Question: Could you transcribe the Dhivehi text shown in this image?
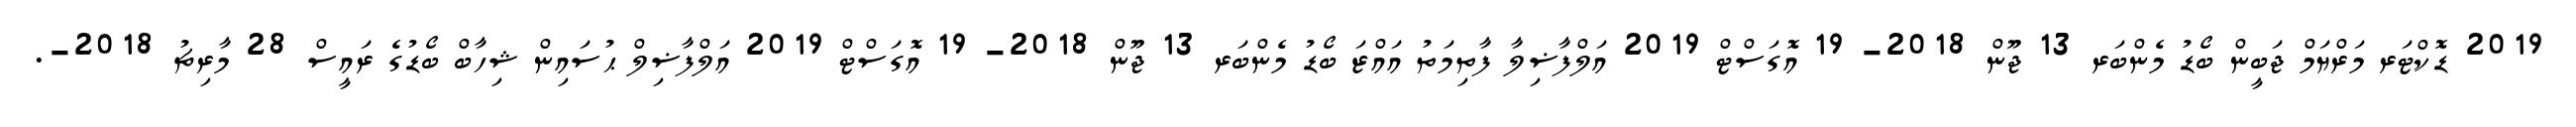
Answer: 2019 ޑޮކްޓަރ މަރްޔަމް ޖަބީން ބޯޑު މެންބަރ 13 ޖޫން 2018- 19 އޮގަސްޓް 2019 އަލްފާޟިލާ ފާތިމަތު އައްޒަ ބޯޑު މެންބަރ 13 ޖޫން 2018- 19 އޮގަސްޓް 2019 އަލްފާޟިލް ޙުސައިން ޝިހާބް ބޯޑުގެ ރައީސް 28 މާރިޗު 2018-.